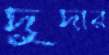
দুদার